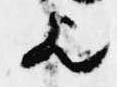
歟